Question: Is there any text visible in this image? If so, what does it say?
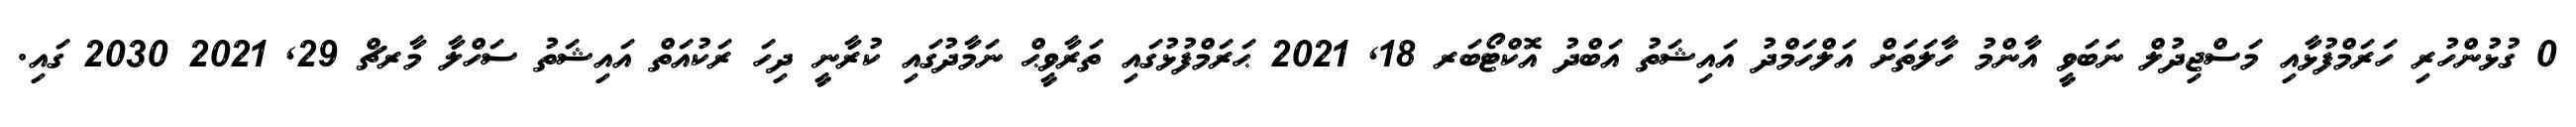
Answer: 0 ގުޅުންހުރި ހަރަމްފުޅާއި މަސްޖިދުލް ނަބަވީ އާންމު ހާލަތަށް އަލްހަމްދު އައިޝަތު އަބްދު އޮކްޓޯބަރ 18, 2021 ޙަރަމްފުޅުގައި ތަރާވީޙް ނަމާދުގައި ކުރާނީ ދިހަ ރަކުއަތް އައިޝަތު ސަހްލާ މާރޗް 29, 2021 2030 ގައި.